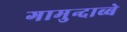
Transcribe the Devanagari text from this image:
गामुन्दाब्बे